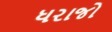
ધરાજો